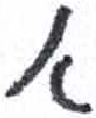
אות: א